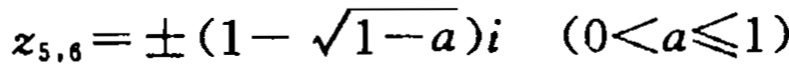
\(z_{5,6}=\pm(1 - \sqrt{1 - a})i\quad(0 < a\leqslant1)\)